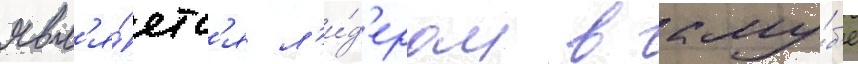
явл'я́етс'я л'и́д'ером в клу́б'е